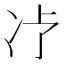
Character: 𱐁